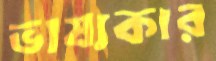
ভাষ্যকার